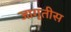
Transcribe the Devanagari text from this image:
जागृतीस